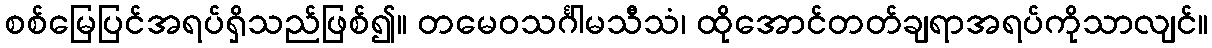
စစ်မြေပြင်အရပ်ရှိသည်ဖြစ်၍။ တမေဝသင်္ဂါမသီသံ၊ ထိုအောင်တတ်ချရာအရပ်ကိုသာလျင်။